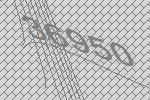
36950